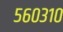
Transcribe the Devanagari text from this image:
५६०३१०